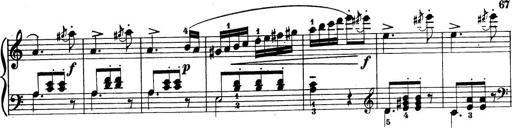
Title: 32 Sonatinas and Rondos for the Piano
Composer: Richard Kleinmichel